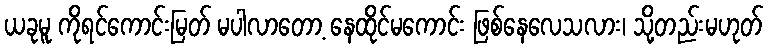
ယခုမူ ကိုရင်ကောင်းမြတ် မပါလာတော့ နေထိုင်မကောင်း ဖြစ်နေလေသလား၊ သို့တည်းမဟုတ်